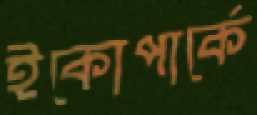
ইকোপার্কে